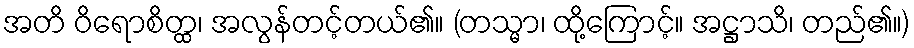
အတိ ဝိရောစိတ္ထ၊ အလွန်တင့်တယ်၏။ (တသ္မာ၊ ထို့ကြောင့်။ အဋ္ဌာသိ၊ တည်၏။)